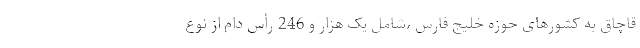
قاچاق به کشورهای حوزه خلیج فارس ،شامل یک هزار و 246 رأس دام از نوع